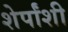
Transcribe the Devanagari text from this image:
शेर्पांशी